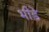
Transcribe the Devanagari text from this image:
भीड़े